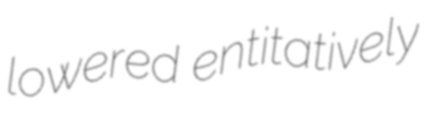
lowered entitatively